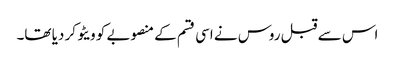
اس سے قبل روس نے اسی قسم کے منصوبے کو ویٹو کر دیا تھا۔